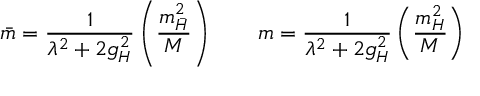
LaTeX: \bar { m } = { \frac { 1 } { \lambda ^ { 2 } + 2 g _ { H } ^ { 2 } } } \left( \frac { m _ { \bar { H } } ^ { 2 } } { M } \right) \qquad m = { \frac { 1 } { \lambda ^ { 2 } + 2 g _ { H } ^ { 2 } } } \left( \frac { m _ { H } ^ { 2 } } { M } \right)